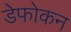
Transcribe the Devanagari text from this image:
डेफोकन